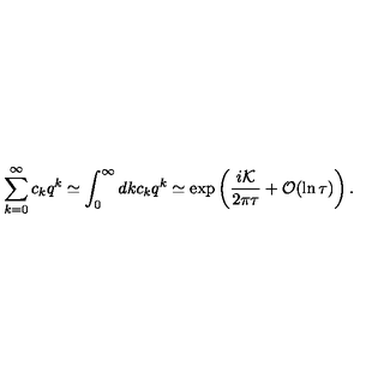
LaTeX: \sum _ { k = 0 } ^ { \infty } c _ { k } q ^ { k } \simeq \int _ { 0 } ^ { \infty } d k c _ { k } q ^ { k } \simeq \exp \left( \frac { i { \cal K } } { 2 \pi \tau } + { \cal O } ( \ln \tau ) \right) .